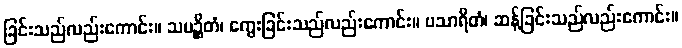
ခြင်းသည်လည်းကောင်း။ သမဉ္ဆိတံ၊ ကွေးခြင်းသည်လည်းကောင်း။ ပသာရိတံ၊ ဆန့်ခြင်းသည်လည်းကောင်း။